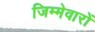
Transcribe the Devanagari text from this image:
जिम्मेवारों